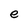
Character: e